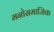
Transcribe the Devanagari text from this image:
मनोसमाजिक